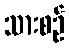
သားစဉ်